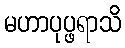
မဟာပုပ္ဖရာသိ